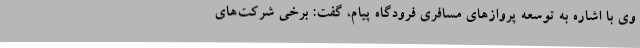
وی با اشاره به توسعه پروازهای مسافری فرودگاه پیام، گفت: برخی شرکت‌های